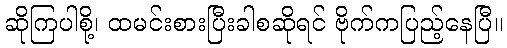
ဆိုကြပါစို့၊ ထမင်းစားပြီးခါစဆိုရင် ဗိုက်ကပြည့်နေပြီ။